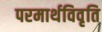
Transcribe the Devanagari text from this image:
परमार्थविवृति